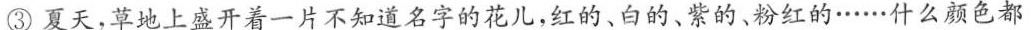
③夏天，草地上盛开着一片不知道名字的花儿，红的、白的、紫的、粉红的……什么颜色都